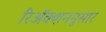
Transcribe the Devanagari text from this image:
रिॲक्शननुसार